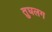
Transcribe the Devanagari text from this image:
तुघलग